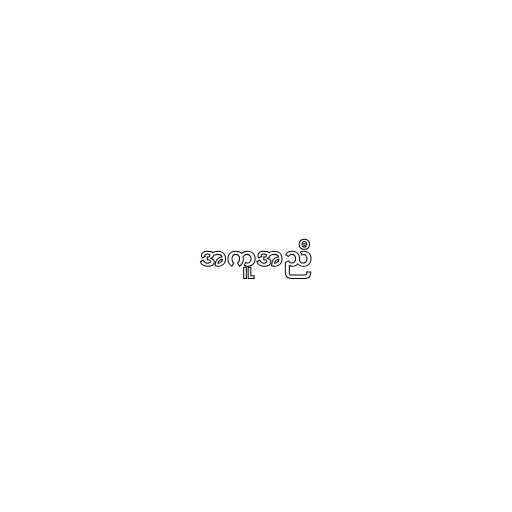
အကူအညီ